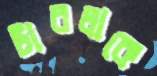
টারলাকে